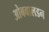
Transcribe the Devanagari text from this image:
ओबवालडन